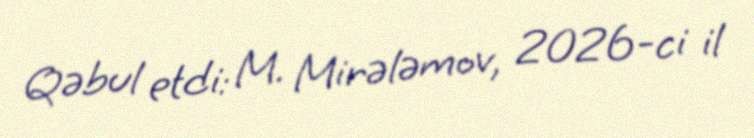
Qəbul etdi: M. Mirələmov, 2026-ci il